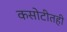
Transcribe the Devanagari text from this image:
कसोटीतही